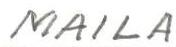
MAILA